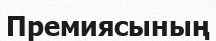
Премиясының